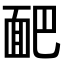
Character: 𩈆